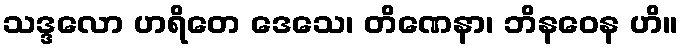
သဒ္ဒလော ဟရိတေ ဒေသေ၊ တိဏေနာ၊ ဘိနဝေန ဟိ။